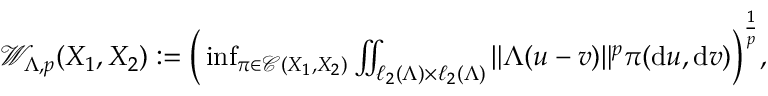
\begin{array} { r } { \mathcal { W } _ { \Lambda , p } ( X _ { 1 } , X _ { 2 } ) : = \Big ( \operatorname* { i n f } _ { \pi \in \mathcal { C } ( X _ { 1 } , X _ { 2 } ) } \iint _ { \ell _ { 2 } ( \Lambda ) \times \ell _ { 2 } ( \Lambda ) } \| \Lambda ( u - v ) \| ^ { p } \pi ( \mathrm { d } u , \mathrm { d } v ) \Big ) ^ { \frac { 1 } { p } } , } \end{array}